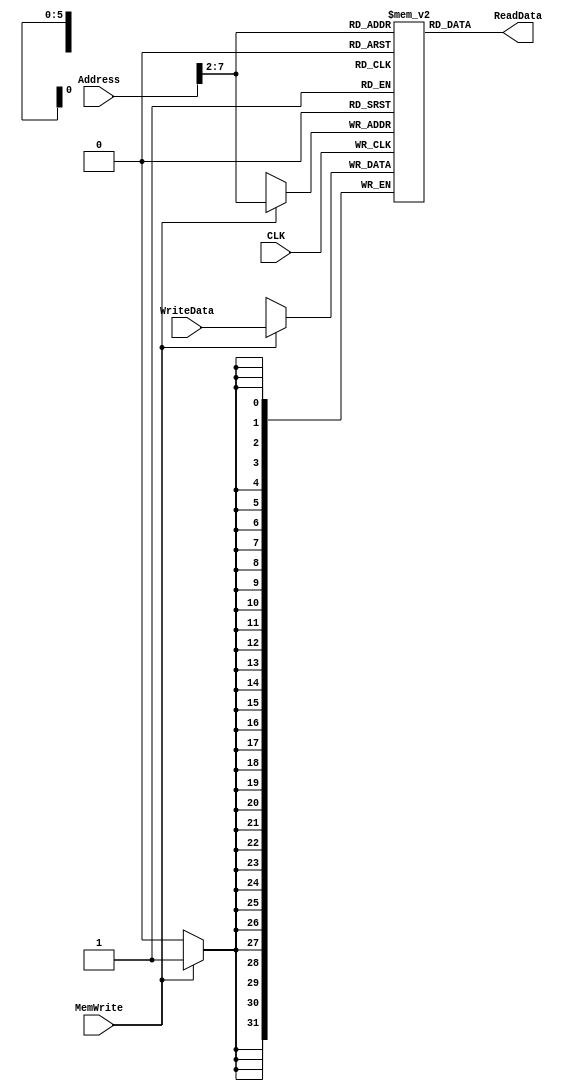
// 32-bit addressing
// 32-bit word size
module data_memory(
	input CLK, 
	input [31:0] Address, 
	input [31:0] WriteData, 
	input MemWrite, // write data
	output wire [31:0] ReadData 
);
	// 32-bit wide word
	reg [31:0] memory [63:0];

	// initialize memory values to 0
	integer i;
	initial begin
		$display("Initializing data memory");
		for(i=0; i< 63; i=i+1) begin
			memory[i] = 32'b0;
		end
	end

	// writes are synchronous operations
	always @(posedge CLK) begin
		if (MemWrite == 1'b1) begin
			$display("Address: %d Data: %d", Address[31:2], WriteData);
			memory[Address[31:2]] <= WriteData;
		end
	end

	// reads are combinational operations
	assign ReadData = memory[Address[31:2]];
	
endmodule